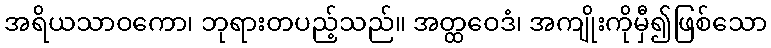
အရိယသာဝကော၊ ဘုရားတပည့်သည်။ အတ္ထဝေဒံ၊ အကျိုးကိုမှီ၍ဖြစ်သော